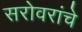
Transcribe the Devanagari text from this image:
सरोवरांचे